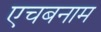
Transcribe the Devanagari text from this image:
एचबनाम